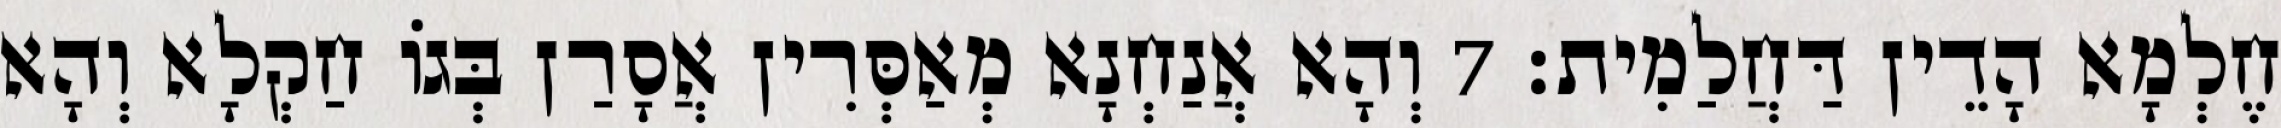
חֶלְמָא הָדֵין דַּחֲלַמִית׃ 7 וְהָא אֲנַחְנָא מְאַסְּרִין אֲסָרַן בְּגוֹ חַקְלָא וְהָא